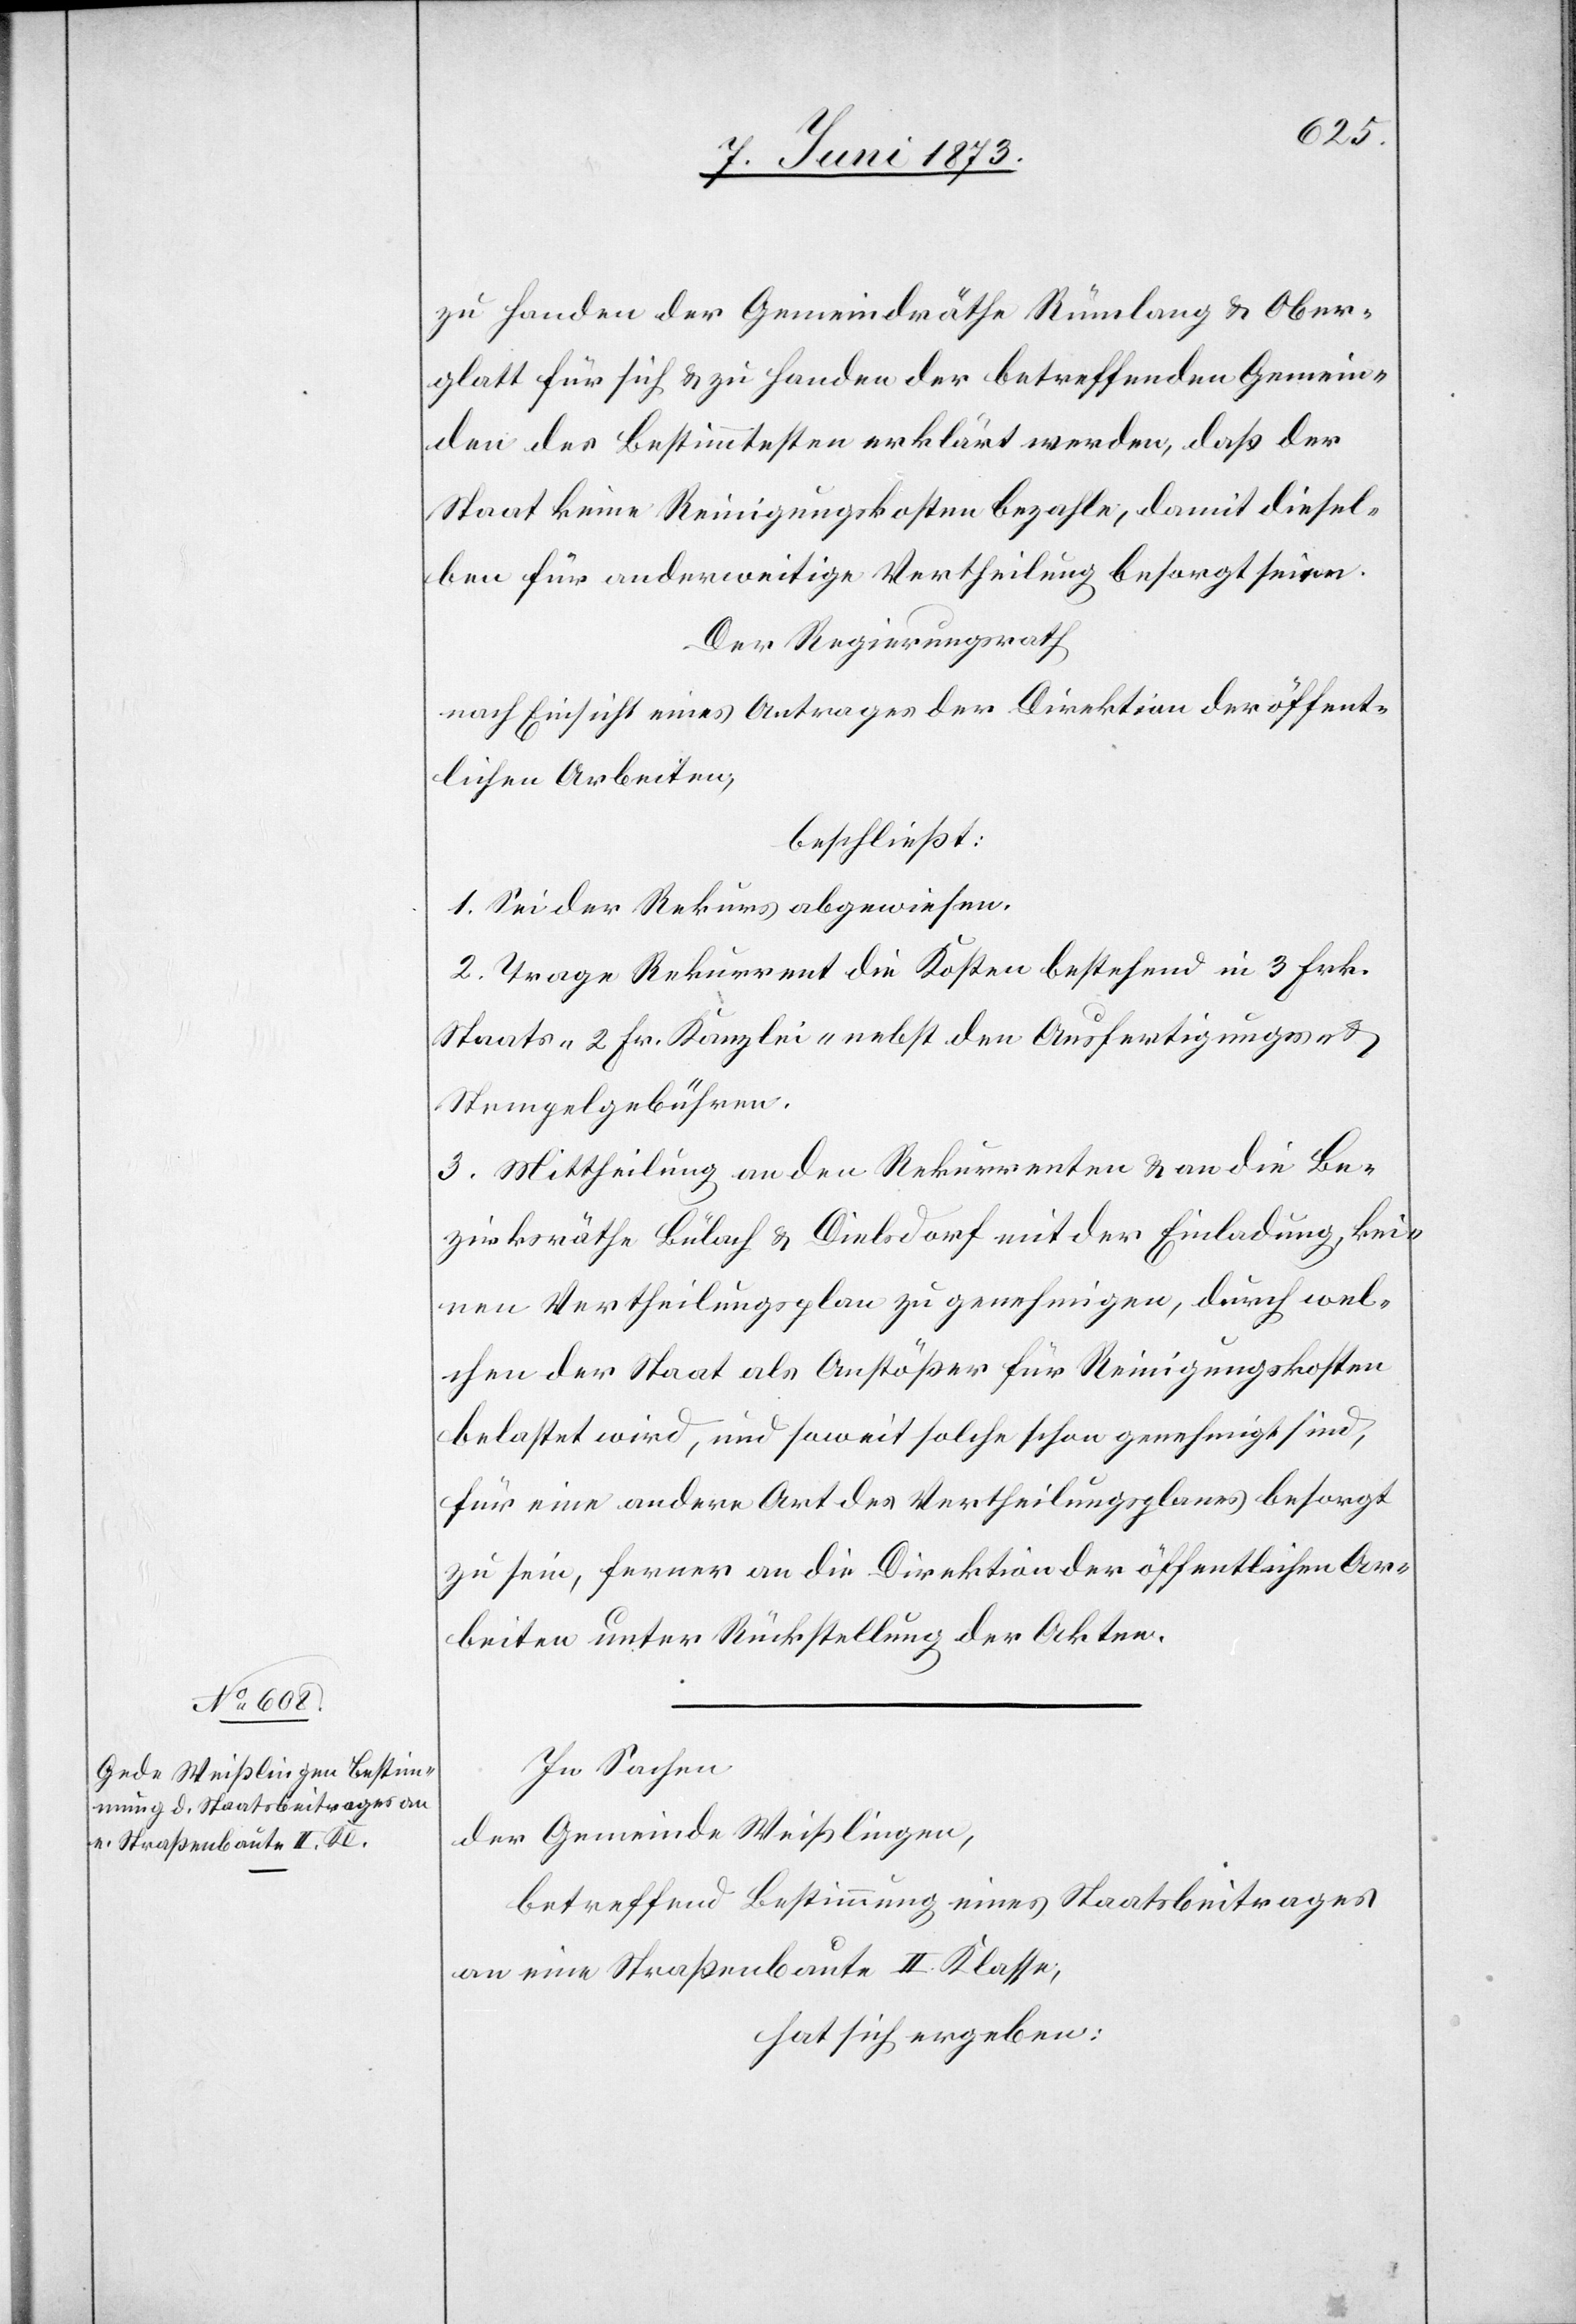
zu Handen der Gemeindräthe Rümlang & Ober¬
glatt für sich & zu Handen der betreffenden Gemein¬
den des Bestimmtesten erklärt werden daß der
Staat keine Reinigungskosten bezahle, damit diesel¬
ben für anderweitige Vertheilung besorgt seien.
Der Regierungsrath
nach Einsicht eines Antrages der Direktion der öffent¬
lichen Arbeiten
beschließt:
1. Sei der Rekurs abgewiesen.
2. Trage Rekurrent die Kosten bestehend in 3 Frk.
Staats- 2 Fr. Kanzlei- nebst den Ausfertigungs- &
Stempelgebühren.
3. Mittheilung an den Rekurrenten & an die Be¬
zirksräthe Bülach & Dielsdorf mit der Einladung, kei¬
nen Vertheilungsplan zu genehmigen, durch wel¬
chen der Staat als Anstößer für Reinigungskosten
belastet wird, und soweit solche schon genehmigt sind,
für eine andere Art des Vertheilungsplanes besorgt
zu sein, ferner an die Direktion der öffentlichen Ar¬
beiten unter Rückstellung der Akten.
In Sachen
der Gemeinde Weißlingen,
betreffend Bestimmung eines Staatsbeitrages
an eine Straßenbaute II. Klasse,
hat sich ergeben: